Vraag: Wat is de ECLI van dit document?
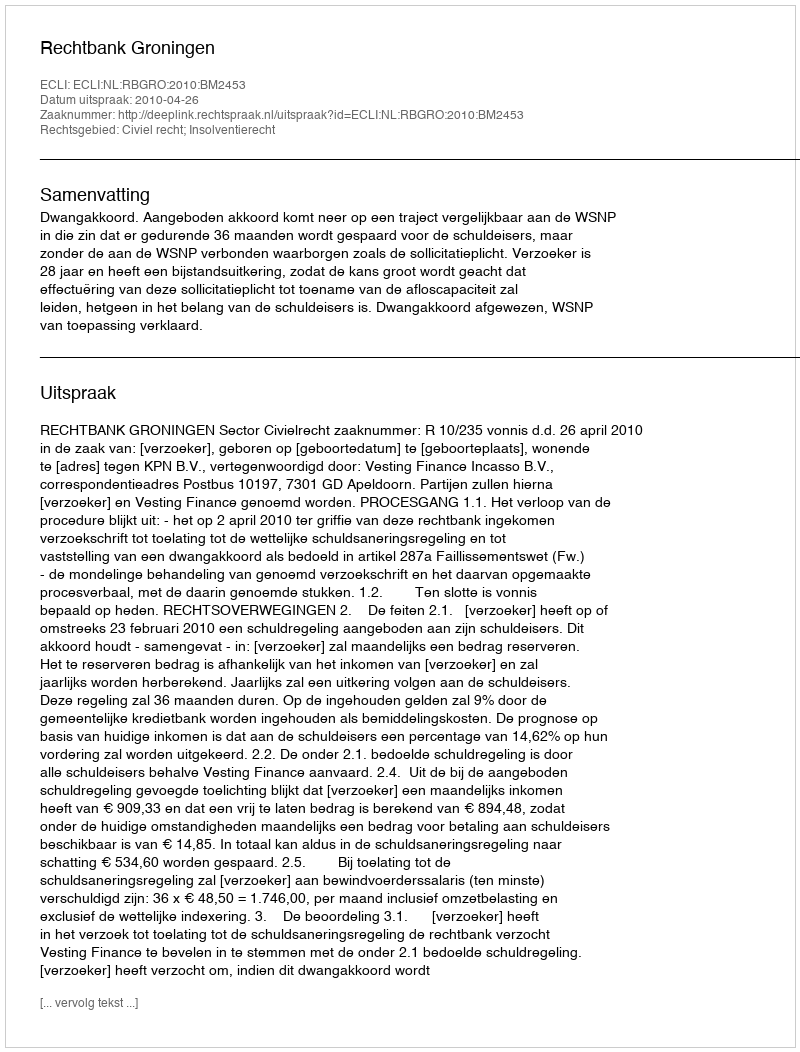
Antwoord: ECLI:NL:RBGRO:2010:BM2453